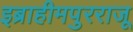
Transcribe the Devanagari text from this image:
इब्राहीमपुरराजू